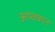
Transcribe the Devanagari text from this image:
अप्तवान